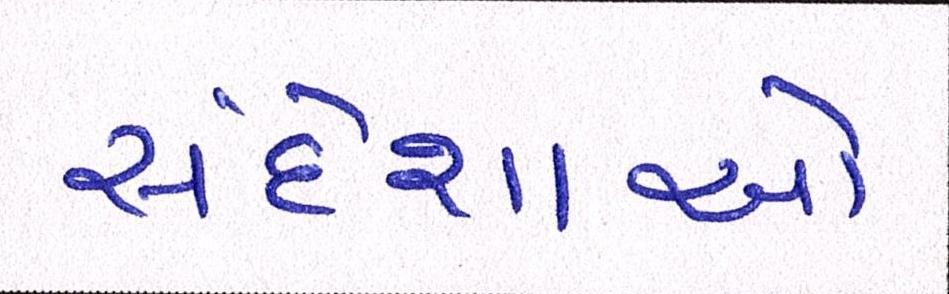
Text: સંદેશાઓ